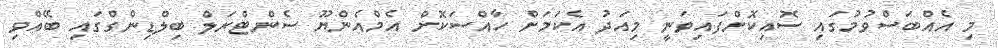
މި އެއްބަސްވުމުގައި ސޮއިކޮށްފައިވަނީ މިއަދު އެކަމަށް ހާއްސަކޮށް އެމްއެންޔޫ ސެންޓްރަލް ބިލްޑިންގްގައި ބޭއްވި